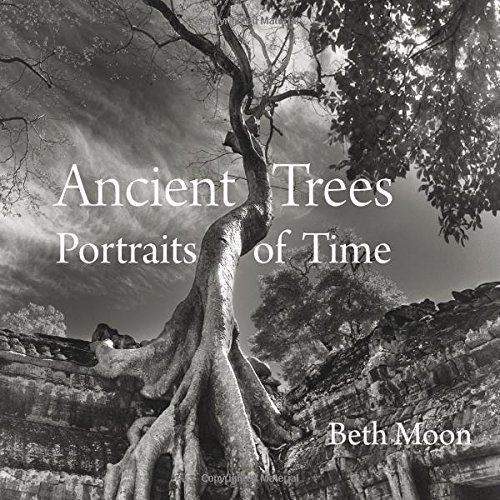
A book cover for Ancient Trees: Portraits of Time; Beth Moon; Arts & Photography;